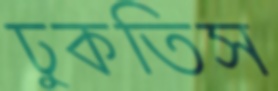
ঢুকতিস